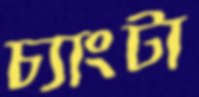
চ্যাংটা